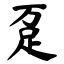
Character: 趸